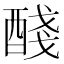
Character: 醆